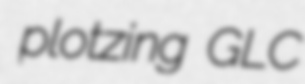
plotzing GLC